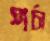
পর্চা